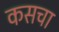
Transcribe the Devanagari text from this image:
कसचा